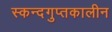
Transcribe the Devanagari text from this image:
स्कन्दगुप्तकालीन